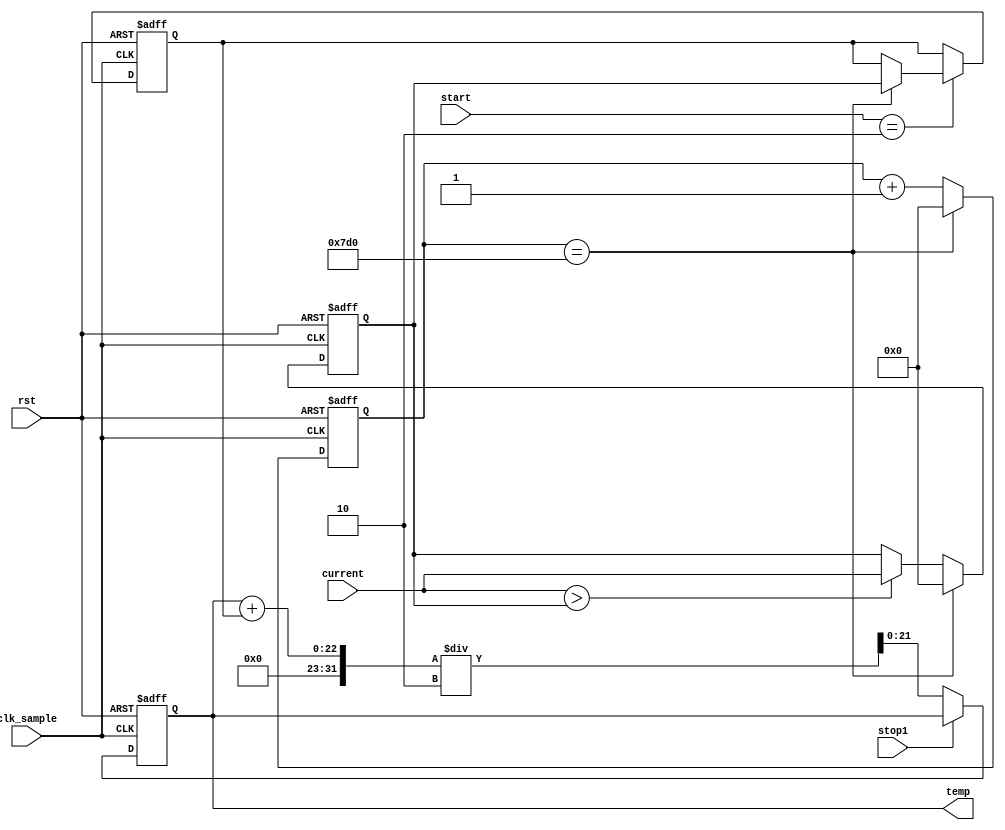
`timescale 1ns / 1ps
//////////////////////////////////////////////////////////////////////////////////
// Company: 
// Engineer: 
// 
// Design Name: 
// Module Name: callibrate2
// Project Name: 
// Target Devices: 
// Tool Versions: 
// Description: 
// 
// Dependencies: 
// 
// Revision:
// Revision 0.01 - File Created
// Additional Comments:
// 
//////////////////////////////////////////////////////////////////////////////////


module callibrate2(
    input rst,
input [3:0]start,
input stop1,//5sec flag
input clk_sample,//20
input [15:0] current,
output reg[21:0] temp =0
);

reg [15:0] counter = 0;
reg [15:0] find_largest = 0;
reg [15:0] max = 0;//invert 



always @ (posedge clk_sample, posedge rst)//clk_sample
begin
 if (rst)
   begin
       counter = 0;
       find_largest = 0;
       max = 0; 
       temp = 0; 
   end
   else begin
    counter <= (counter == 2000) ? 0 : counter + 1; //2000
        find_largest <= (counter == 2000) ? 0 : ( (current > find_largest) ? current : find_largest) ; //2000 // delete counter paart
        max <= (start == 2) ? ((counter == 2000) ?  find_largest : max) : max; //2000
        temp = (stop1 == 0) ? ((temp+max)/2) : temp;
   
end
end

                  
               


endmodule